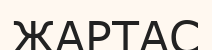
ЖАРТАС